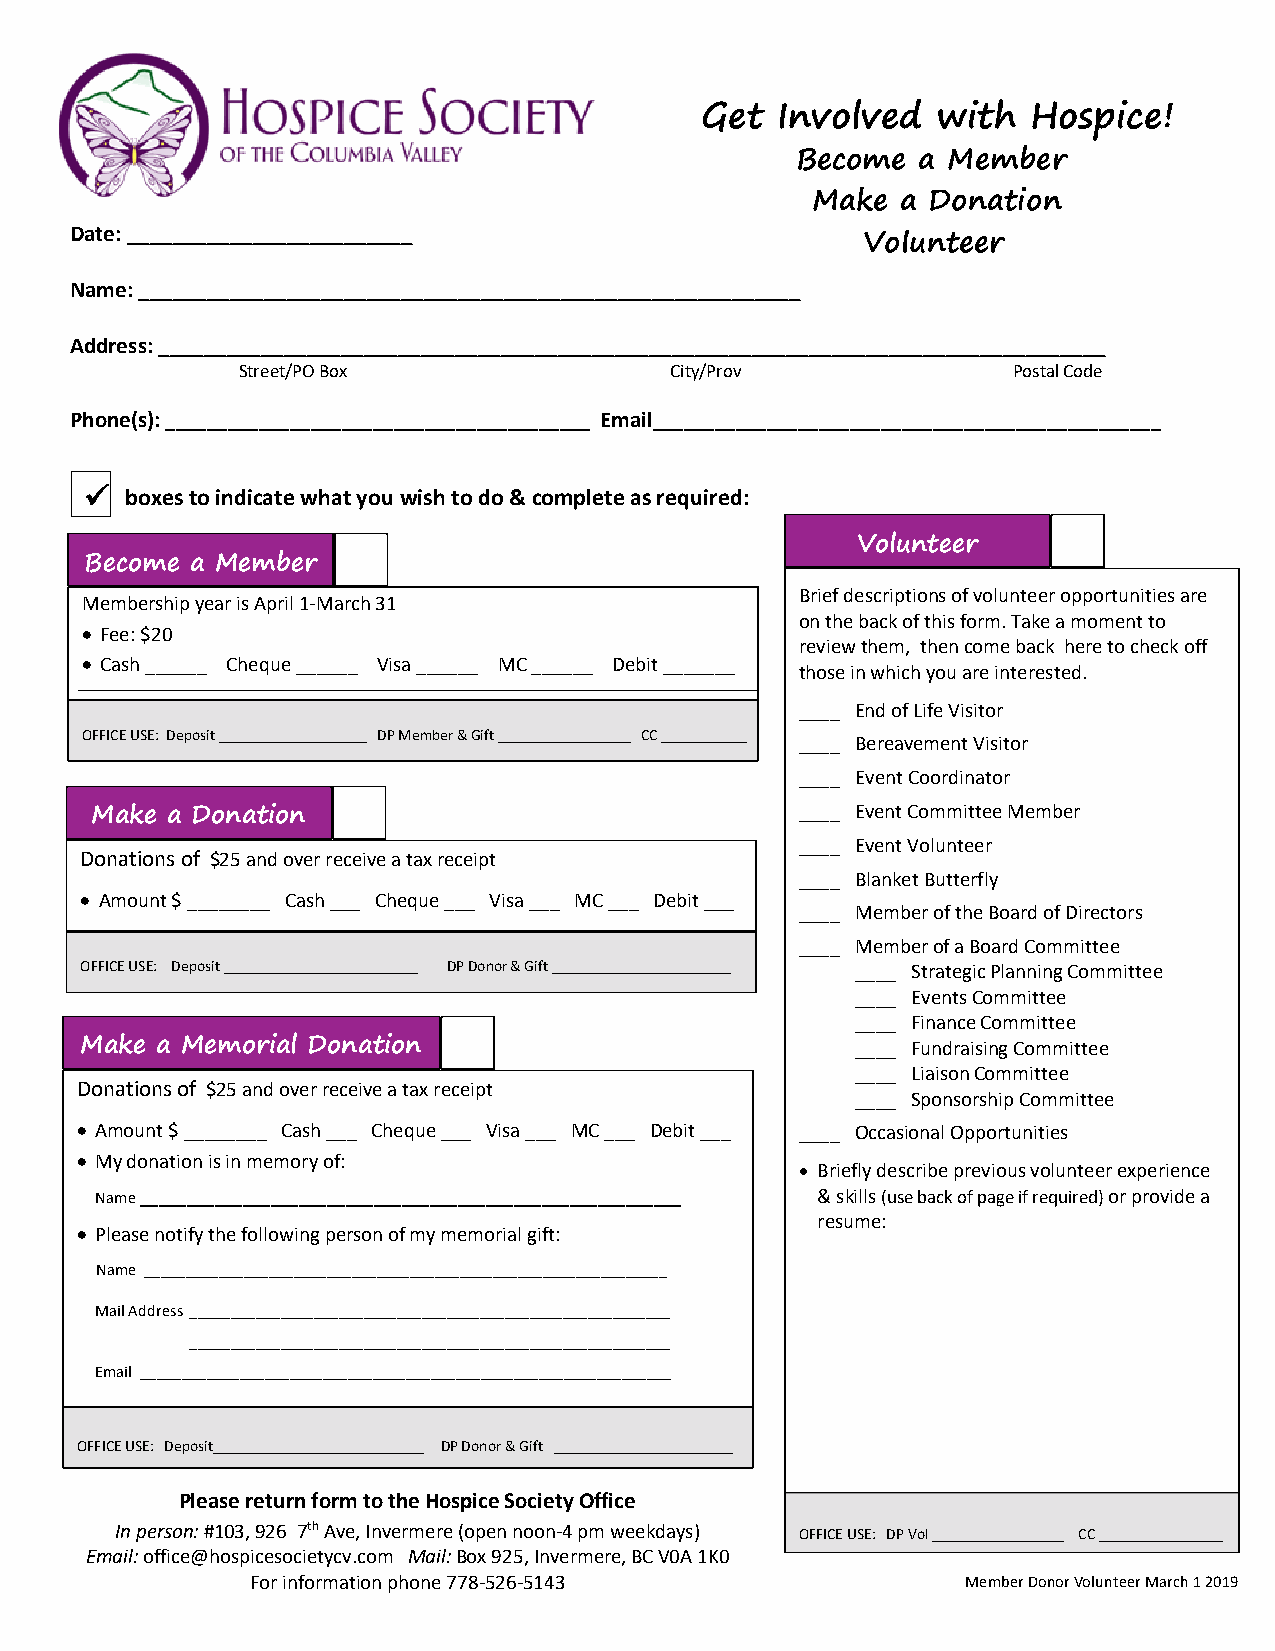
Get  Involved   with  Hospice!
 Become  a Member
 Make  a Donation
 Date: _________________________
 Volunteer
 Name: __ ________________________________________________________
 Address: ___________________________________________________________________________________
 Street/PO Box               City/Prov              Postal Code
 Phone(s): _________________________________________ Email_________________________________________________
 ü boxes to indicate what you wish to do & complete as required:
 Volunteer
 Become a Member
 Brief descriptions of volunteer opportunities are
 Member ship year is April 1-March 31
 on the back of this form. Take a moment to
 • Fee: $20
 review them, then come back here to check off
 • Cash ______ Cheque ______ Visa ______ MC ______ Debit _______
 those in which you are interested.
 ____ End of Life Visitor
 OFFICE USE: Deposit ___________________ DP Member & Gift _________________ CC ___________
 ____ Bereavement Visitor
 ____ Event Coordinator
 ____ Event Committee Member
 Make a Donation
 ____ Event Volunteer
 Donations of $25 and over receive a tax receipt
 ____ Blanket Butterfly
 • Amount $ ________ Cash ___ Cheque ___ Visa ___ MC ___ Debit ___
 ____ Member of the Board of Directors
 ____ Member of a Board Committee
 OFFICE USE: Deposit _________________________ DP Donor & Gift _______________________ ____ Strategic Planning Committee
 ____ Events Committee
 • Office (initial & date):                           ____ Finance Committee
 MDepa _k_e__ _a__ _M___e_m orDPia _l_ _D__o__n__a__t ion_ __________ CC __________ ____ Fundraising Committee
 Member   Gift      Member             ____ Liaison Committee
 D onations of $25 and over receive a tax receipt
 ____ Sponsorship Committee
 • Amount $ ________ Cash ___ Cheque ___ Visa ___ MC ___ Debit ___ ____ Occasional Opportunities
 • My donation is in memory of:
 • Briefly describe previous volunteer experience
 Name __________________________________________________________ & skills (use back of page if required) or provide a
 resume:
 • Please notify the following person of my memorial gift:
 Name _______________________________________________________________
 Mail Address __________________________________________________________
 __________________________________________________________
 Email ________________________________________________________________
 OFFICE USE: Deposit___________________________ DP Donor & Gift _______________________
 Please return form to the Hospice Society Office
 In person: #103, 926 7th Ave, Invermere (open noon-4 pm weekdays) OFFICE USE: DP Vol _________________ CC ________________
 Email: office@hospicesocietycv.com Mail: Box 925, Invermere, BC V0A 1K0
 For information phone 778-526-5143             Member Donor Volunteer March 1 2019